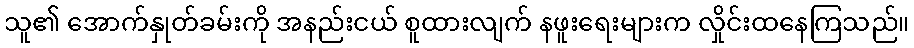
သူ၏ အောက်နှုတ်ခမ်းကို အနည်းငယ် စူထားလျက် နဖူးရေးများက လှိုင်းထနေကြသည်။